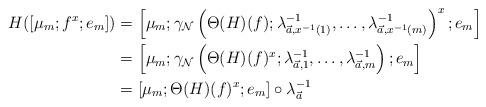
LaTeX: \begin{align*}H([\mu_m;f^x;e_m])&= \left[\mu_m;\gamma_{\mathcal N}\left(\Theta(H)(f);\lambda_{\vec a,x^{-1}(1)}^{-1},\dots,\lambda_{\vec a,x^{-1}(m)}^{-1}\right)^x;e_m\right] \\&= \left[\mu_m;\gamma_{\mathcal N}\left(\Theta(H)(f)^x;\lambda_{\vec a,1}^{-1},\dots,\lambda_{\vec a,m}^{-1}\right);e_m\right] \\&= [\mu_m;\Theta(H)(f)^x;e_m]\circ\lambda_{\vec a}^{-1}\end{align*}